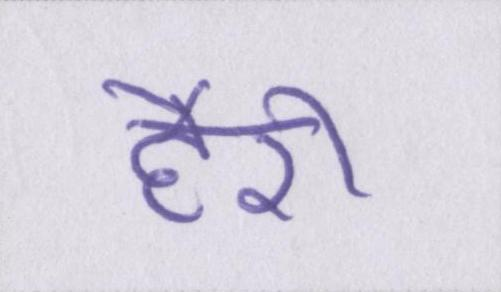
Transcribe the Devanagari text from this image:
हैरी